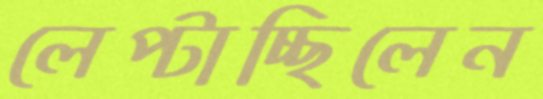
লেপ্‌টাচ্ছিলেন